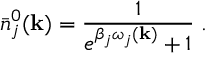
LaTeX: \bar { n } _ { j } ^ { 0 } ( { \bf k } ) = \frac { 1 } { { e } ^ { \beta _ { j } \omega _ { j } ( { \bf k } ) } + 1 } \; .